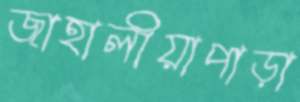
জাহালীয়াপাড়া